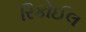
રિકોઈલ